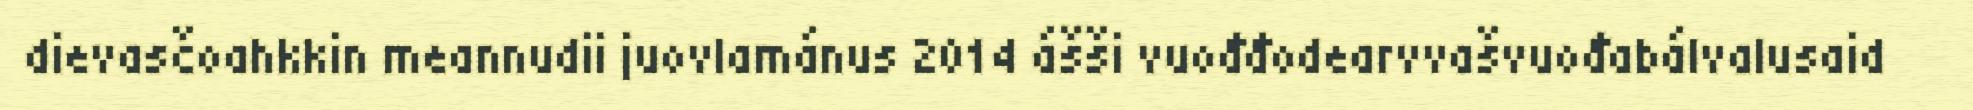
dievasčoahkkin meannudii juovlamánus 2014 ášši vuođđodearvvašvuođabálvalusaid